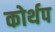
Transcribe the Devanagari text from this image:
कोर्थप